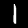
Label: 1